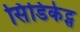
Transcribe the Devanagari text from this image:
सिंडिकेट्स